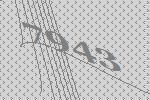
7943